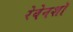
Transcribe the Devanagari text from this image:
रेवेनशॉ